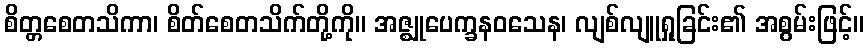
စိတ္တစေတသိကာ၊ စိတ်စေတသိက်တို့ကို။ အဇ္ဈုပေက္ခနဝသေန၊ လျစ်လျူရှုခြင်း၏ အစွမ်းဖြင့်။